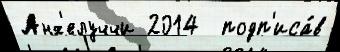
Анх'елуччи 2014  подп'иса́в